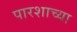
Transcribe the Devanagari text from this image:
पारशाच्या